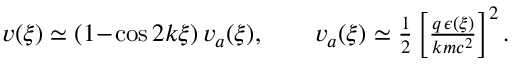
\begin{array} { r } { v ( \xi ) \simeq ( 1 \! - \! \cos 2 k \xi ) \, v _ { a } ( \xi ) , \qquad v _ { a } ( \xi ) \simeq \frac 1 2 \left[ \frac { q \, \epsilon ( \xi ) } { k m c ^ { 2 } } \right] ^ { 2 } . } \end{array}